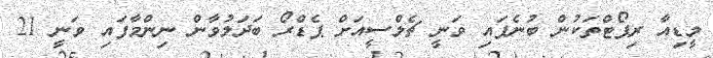
މީޑިއާ ރިޕޯޓްތަކުން ބުނެފައި ވަނީ ޗެލްސީއަށް ޕެޑްރޯ ބަދަލުވާން ނިންމާފައި ވަނީ 21